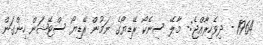
1964 - ދިވެހިރާއްޖެ:- މާލޭ ސިނެކޯ ރޭޑިޔޯގެ ނަމުން ރޭޑިޔޯ ސްޓޭޝަން ހިންގަން